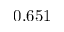
0 . 6 5 1